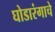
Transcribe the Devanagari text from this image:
घोडारंगाचे